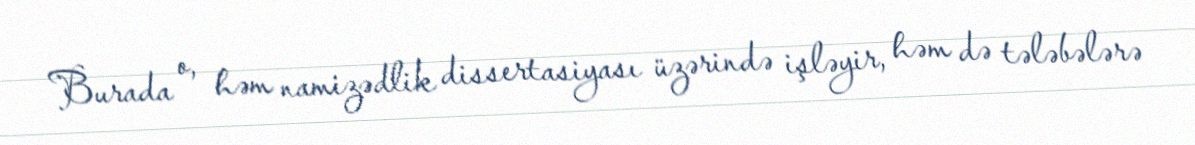
Burada o, həm namizədlik dissertasiyası üzərində işləyir, həm də tələbələrə